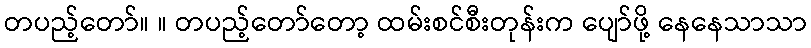
တပည့်တော်။ ။ တပည့်တော်တော့ ထမ်းစင်စီးတုန်းက ပျော်ဖို့ နေနေသာသာ